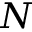
N